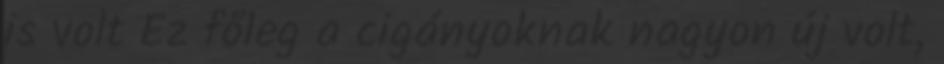
is volt Ez főleg a cigányoknak nagyon új volt,